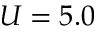
U = 5 . 0